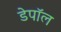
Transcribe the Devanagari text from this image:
डेपॉल